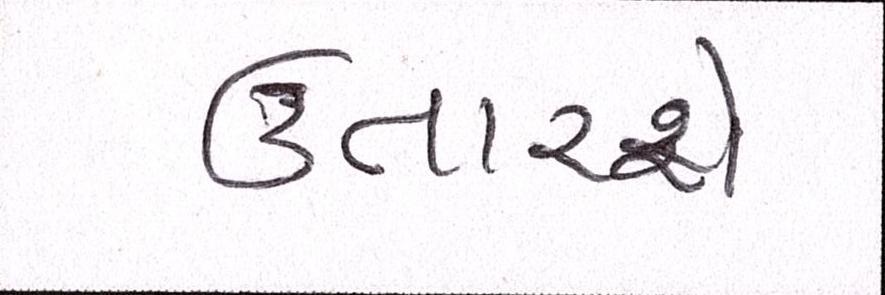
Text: ઉતારશે